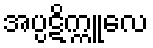
အပ္ပဋိက္ကူလေ